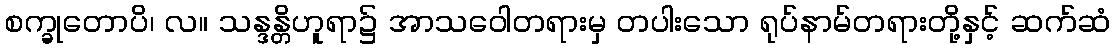
စက္ခုတောပိ၊ လ။ သန္ဒန္တိဟူရာ၌ အာသဝေါတရားမှ တပါးသော ရုပ်နာမ်တရားတို့နှင့် ဆက်ဆံ